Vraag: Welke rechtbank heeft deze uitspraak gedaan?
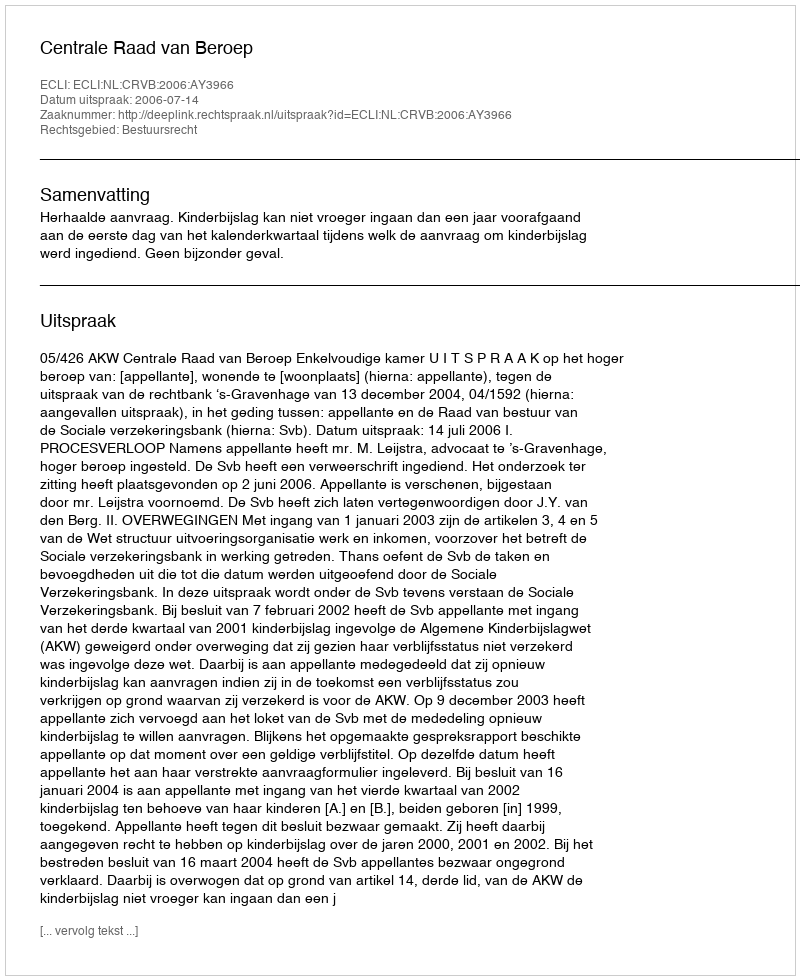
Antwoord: Centrale Raad van Beroep